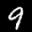
Label: 9